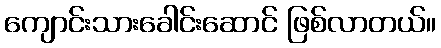
ကျောင်းသားခေါင်းဆောင် ဖြစ်လာတယ်။